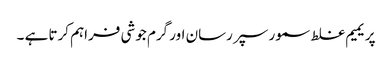
پریمیم غلط سمور سپر رسان اور گرم جوشی فراہم کرتا ہے ۔